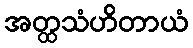
အတ္ထသံဟိတာယံ